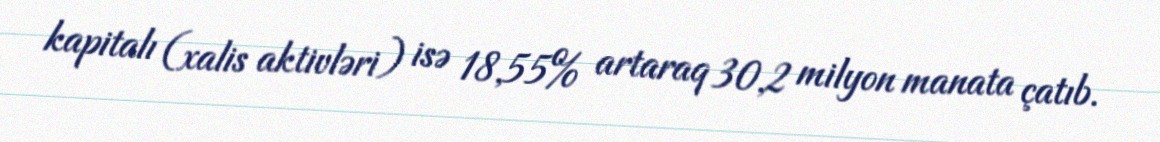
kapitalı (xalis aktivləri) isə 18,55% artaraq 30,2 milyon manata çatıb.